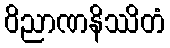
ဝိညာဏနိဿိတံ